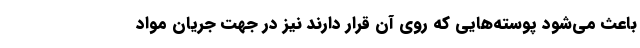
باعث می‌شود پوسته‌هایی که روی آن قرار دارند نیز در جهت جریان مواد